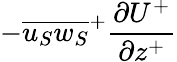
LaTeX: -{{\overline{{{u_{S}}{w_{S}}}}}^{+}}{\frac{{\partial}U^{+}}{{\partial}z^{+}}}